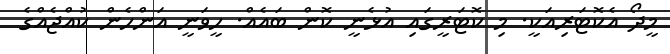
މީދޯ އެކޮޓަރިއަކީ. މި ކޮޓަރީގައި އުޅެނީ ކޮން ބައެއް. ހީވަނީ އަންހެން ކުއްޖެއްގެ